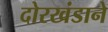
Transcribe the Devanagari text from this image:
दोरखंडाने